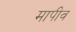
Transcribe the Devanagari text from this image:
मापीव